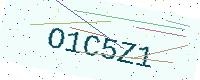
Text: O1C5Z1